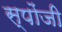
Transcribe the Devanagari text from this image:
स्पोंजी